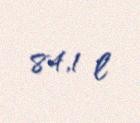
84,1 l